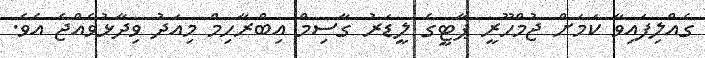
ގެއްލިފައިވާ ކަމަށް ޖުމްހޫރީ ޕާޓީގެ ލީޑަރު ގާސިމް އިބްރާހިމް މިއަދު ވިދާޅުވެއްޖެ އެވެ.